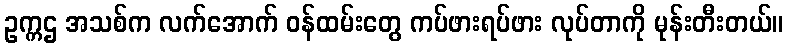
ဥက္ကဌ အသစ်က လက်အောက် ဝန်ထမ်းတွေ ကပ်ဖားရပ်ဖား လုပ်တာကို မုန်းတီးတယ်။